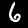
Label: 6